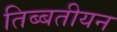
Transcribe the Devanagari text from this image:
तिब्‍बतीयन